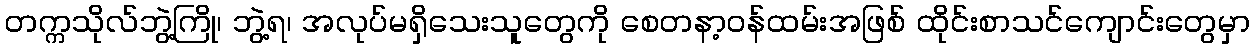
တက္ကသိုလ်ဘွဲ့ကြို၊ ဘွဲ့ရ၊ အလုပ်မရှိသေးသူတွေကို စေတနာ့ဝန်ထမ်းအဖြစ် ထိုင်းစာသင်ကျောင်းတွေမှာ